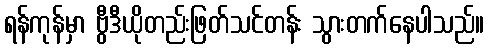
ရန်ကုန်မှာ ဗွီဒီယိုတည်းဖြတ်သင်တန်း သွားတက်နေပါသည်။